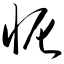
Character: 怩